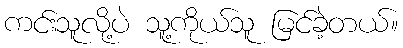
ကင်းသူလို့ပဲ သူ့ကိုယ်သူ မြင်ခဲ့တယ်။